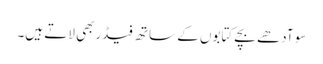
سو آدھے بچے کتابوں کے ساتھ فیڈربھی لاتے ہیں۔